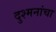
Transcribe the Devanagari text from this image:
दुश्मनांचा